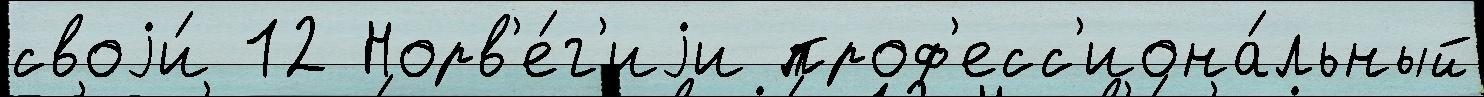
своjи́ 12 Норв'е́г'иjи проф'есс'иона́льный